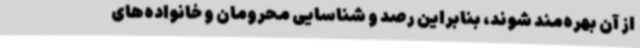
از آن بهره‌مند شوند، بنابراین رصد و شناسایی محرومان و خانواده‌های